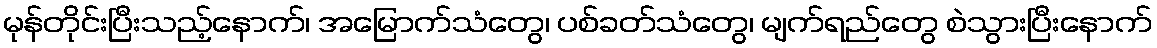
မုန်တိုင်းပြီးသည့်နောက်၊ အမြောက်သံတွေ၊ ပစ်ခတ်သံတွေ၊ မျက်ရည်တွေ စဲသွားပြီးနောက်